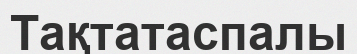
Тақтатаспалы